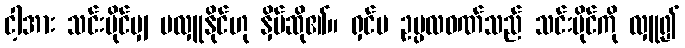
ငါ့အား သင်းပိုင်မျှ မလှူနိုင်ဟု နှိပ်ဆို၏။ ရှင်မ ဥပ္ပလဝဏ်သည် သင်းပိုင်ကို လှူ၍